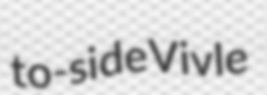
to-side Vivle